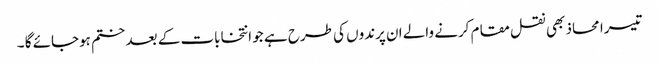
تیسرا محاذ بھی نقل مقام کرنے والے ان پرندوں کی طرح ہے جو انتخابات کے بعد ختم ہوجائے گا ۔